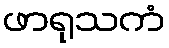
ဖာရုသကံ